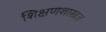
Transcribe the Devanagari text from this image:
शिक्षणशास्त्रज्ञ